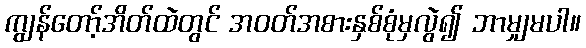
ကျွန်တော့်အိတ်ထဲတွင် အဝတ်အစားနှစ်စုံမှလွဲ၍ ဘာမျှမပါ။